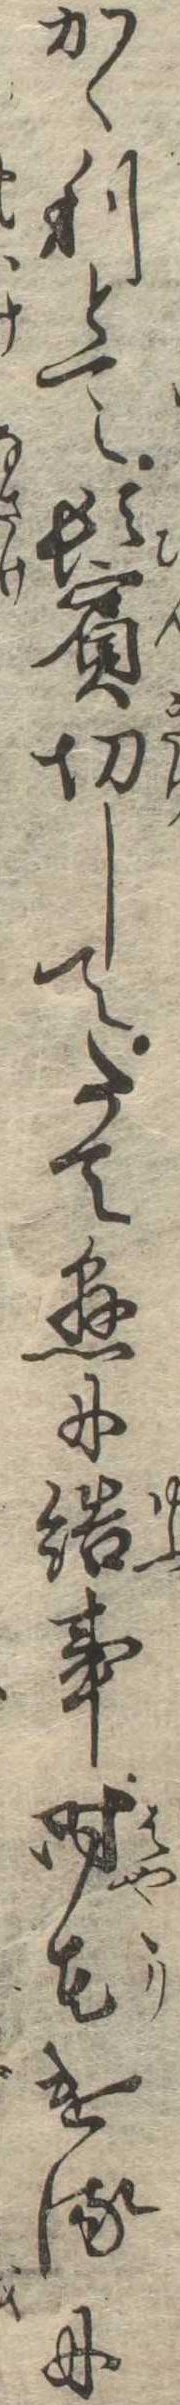
かゝりとて鬢切してたて懸に結事時花けるに